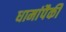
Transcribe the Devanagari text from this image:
धामांपैकी